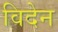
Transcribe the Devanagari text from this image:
विदेन